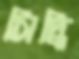
সিদ্ধি